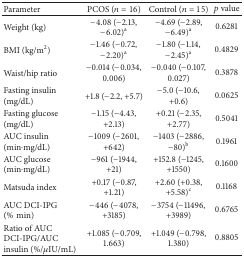
<table><thead><tr><td><b>Parameter</b></td><td><b>PCOS (<i>n</i> = 16)</b></td><td><b>Control (<i>n</i> = 15)</b></td><td><b><i>p</i> value</b></td></tr></thead><tbody><tr><td>Weight (kg)</td><td>−4.08 (−2.13, −6.02)<sup>a</sup></td><td>−4.69 (−2.89, −6.49)<sup>a</sup></td><td>0.6281</td></tr><tr><td>BMI (kg/m<sup>2</sup>)</td><td>−1.46 (−0.72, −2.20)<sup>a</sup></td><td>−1.80 (−1.14, −2.45)<sup>a</sup></td><td>0.4829</td></tr><tr><td>Waist/hip ratio</td><td>−0.014 (−0.034, 0.006)</td><td>−0.040 (−0.107, 0.027)</td><td>0.3878</td></tr><tr><td>Fasting insulin (mg/dL)</td><td>+1.8 (−2.2, +5.7)</td><td>−5.0 (−10.6, +0.6)</td><td>0.0625</td></tr><tr><td>Fasting glucose (mg/dL)</td><td>−1.15 (−4.43, +2.13)</td><td>+0.21 (−2.35, +2.77)</td><td>0.5041</td></tr><tr><td>AUC insulin (min·mg/dL)</td><td>−1009 (−2601, +642)</td><td>−1403 (−2886, −80)<sup>b</sup></td><td>0.1961</td></tr><tr><td>AUC glucose (min·mg/dL)</td><td>−961 (−1944, +21)</td><td>+152.8 (−1245, +1550)</td><td>0.1600</td></tr><tr><td>Matsuda index</td><td>+0.17 (−0.87, +1.21)</td><td>+2.60 (+0.38, +5.58)<sup>c</sup></td><td>0.1168</td></tr><tr><td>AUC DCI-IPG (%min)</td><td>−446 (−4078, +3185)</td><td>−3754 (−11496, +3989)</td><td>0.6765</td></tr><tr><td>Ratio of AUC DCI-IPG/AUC insulin (%/<i>μ</i>IU/mL)</td><td>+1.085 (−0.709, 1.663)</td><td>+1.049 (−0.798, 1.380)</td><td>0.8805</td></tr></tbody></table>